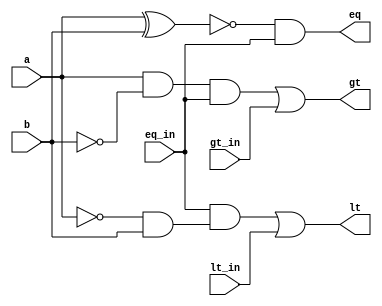
module COMPARATOR(gt,lt,eq,a,b,gt_in,lt_in,eq_in);
input a,b,gt_in,lt_in,eq_in;
output gt,eq,lt;
//EQUALITY
xor(eq_,a,b);
not(eq_bar,eq_);
and(eq,eq_bar,eq_in);
//LESS THAN
not(b_bar,b);
and(anb,a,b_bar);
and(gt_,anb,eq_in);
or(gt,gt_,gt_in);
//GREATER THAN
not(a_bar,a);
and(nab,a_bar,b);
and(lt_,eq_in,nab);
or(lt,lt_,lt_in);
endmodule